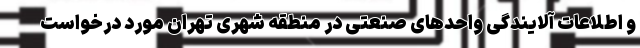
و اطلاعات آلایندگی واحدهای صنعتی در منطقه شهری تهران مورد درخواست